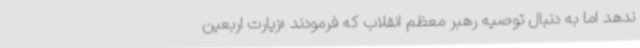
ندهد اما به دنبال توصیه رهبر معظم انقلاب که فرمودند «زیارت اربعین